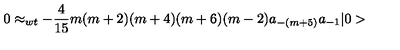
0 \approx _ { w t } - \frac { 4 } { 1 5 } m ( m + 2 ) ( m + 4 ) ( m + 6 ) ( m - 2 ) a _ { - ( m + 5 ) } a _ { - 1 } \vert 0 >